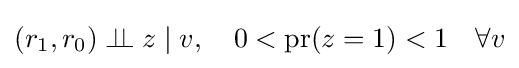
(r_{1},r_{0})\perp \!\!\!\perp z\mid v,\quad 0<\operatorname {pr} (z=1)<1\quad \forall v